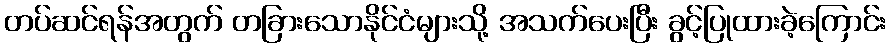
တပ်ဆင်ရန်အတွက် တခြားသောနိုင်ငံများသို့ အသက်ပေးပြီး ခွင့်ပြုထားခဲ့ကြောင်း